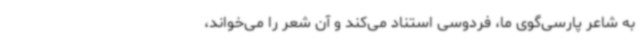
به شاعر پارسی‌گوی ما، فردوسی استناد می‌کند و آن شعر را می‌خواند،